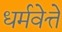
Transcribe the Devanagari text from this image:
धर्मवेत्ते